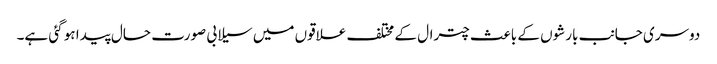
دوسری جانب بارشوں کے باعث چترال کے مختلف علاقوں میں سیلابی صورت حال پیدا ہو گئی ہے۔